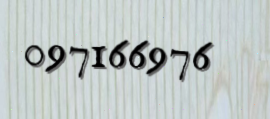
097166976